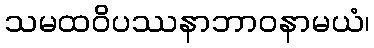
သမထဝိပဿနာဘာဝနာမယံ၊